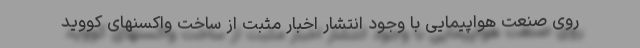
روی صنعت هواپیمایی با وجود انتشار اخبار مثبت از ساخت واکسنهای کووید